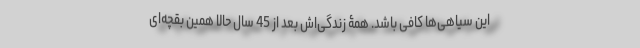
این سیاهی‌ها کافی باشد. همۀ زندگی‌اش بعد از 45 سال حالا همین بقچه‌ای